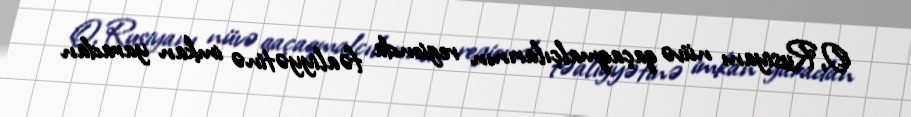
O, Rusiyanı nüvə qaçaqmalçılarının regionda fəaliyyətinə imkan yaradan